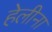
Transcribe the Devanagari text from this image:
हेलीना